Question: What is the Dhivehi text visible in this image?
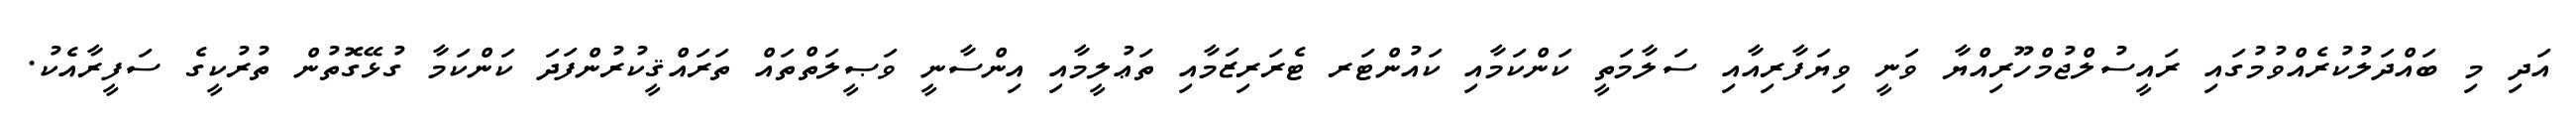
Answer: އަދި މި ބައްދަލުކުރެއްވުމުގައި ރައީސުލްޖުމްހޫރިއްޔާ ވަނީ ވިޔަފާރިއާއި ސަލާމަތީ ކަންކަމާއި ކައުންޓަރ ޓެރަރިޒަމާއި ތަޢުލީމާއި އިންސާނީ ވަޞީލަތްތައް ތަރައްޤީކުރުންފަދަ ކަންކަމާ ގުޅޭގޮތުން ތުރުކީގެ ސަފީރާއެކު.